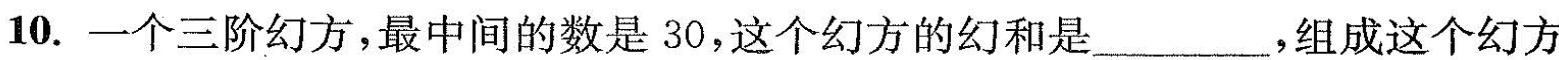
10.一个三阶幻方，最中间的数是 30，这个幻方的幻和是___，组成这个幻方